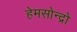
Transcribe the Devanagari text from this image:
हेमसोन्द्रो